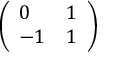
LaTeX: \left( \begin{array} { l l } { 0 } & { 1 } \\ { - 1 } & { 1 } \end{array} \right)